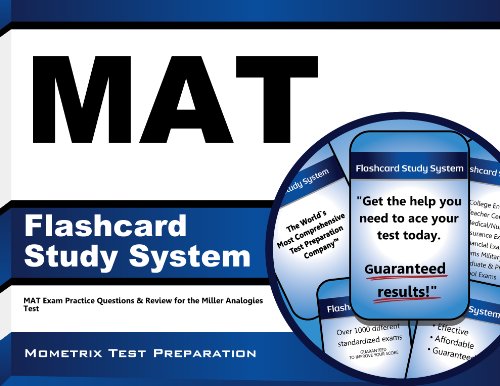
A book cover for MAT Flashcard Study System: MAT Exam Practice Questions & Review for the Miller Analogies Test; Test Preparation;